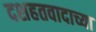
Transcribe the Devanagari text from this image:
दशहतवादाच्या